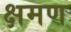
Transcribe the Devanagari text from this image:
क्षमण